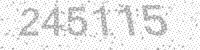
Solution: 245115